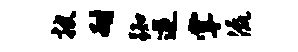
披耐踟逆掌流